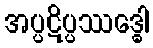
အပ္ပဋိပ္ပဿဒ္ဓေါ